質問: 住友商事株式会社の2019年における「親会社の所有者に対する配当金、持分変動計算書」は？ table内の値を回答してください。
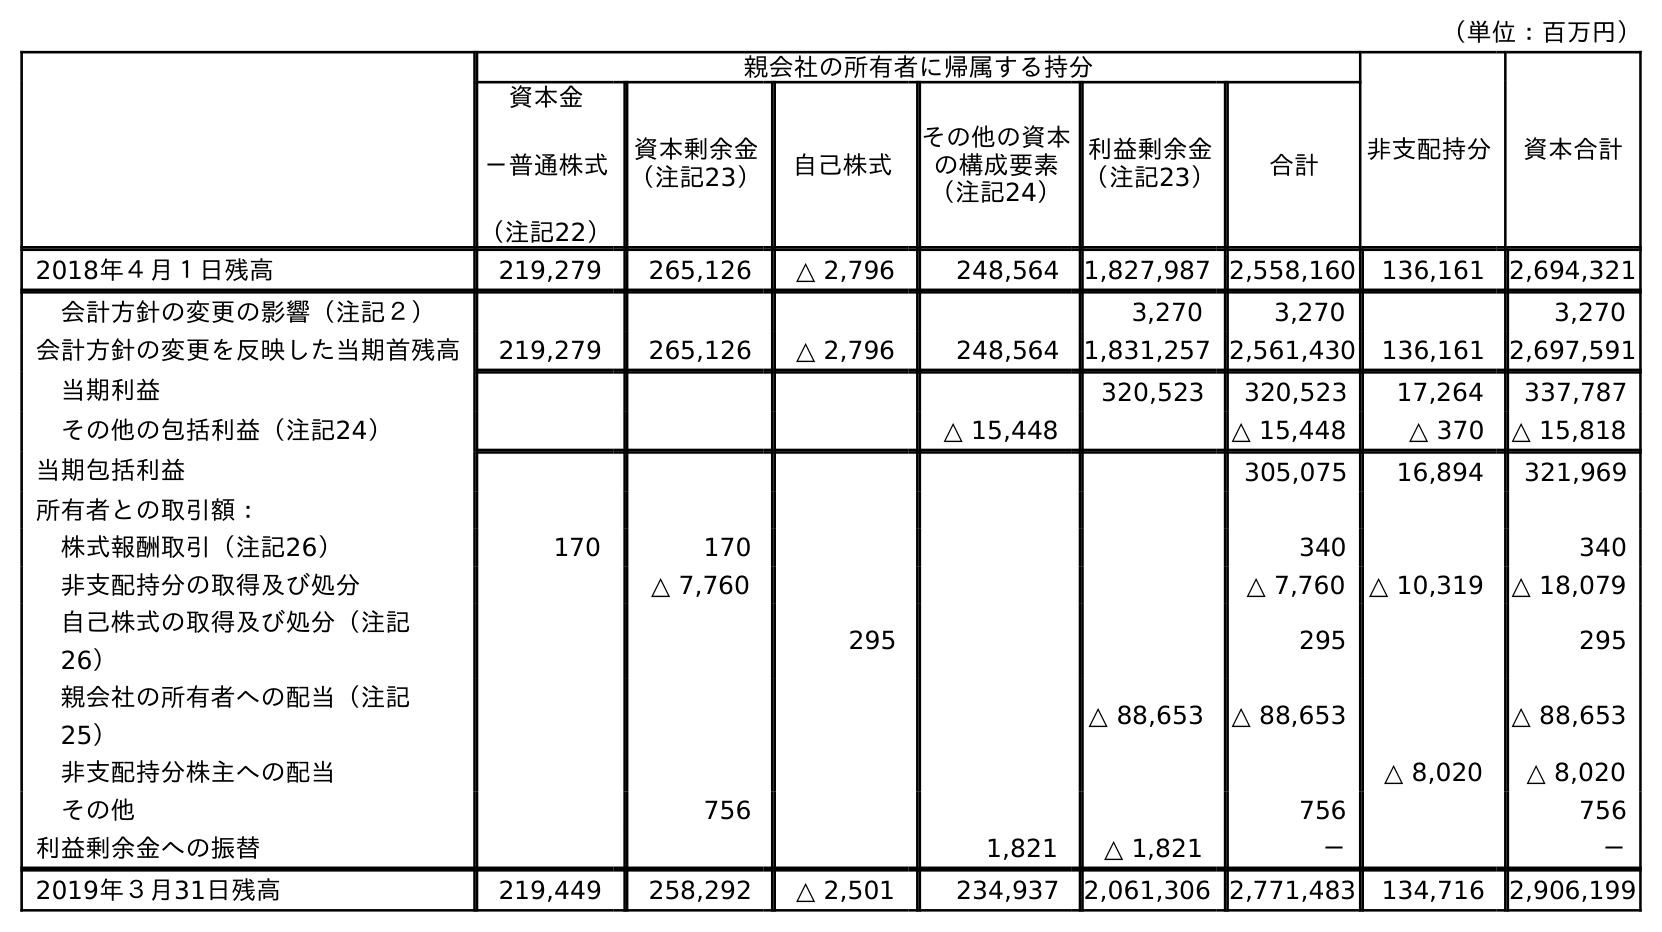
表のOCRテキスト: （単位：百万円） 親会社の所有者に帰属する持分 非支配持分 資本合計 資本金 －普通株式 （注記22） 資本剰余金 （注記23） 自己株式 その他の資本 の構成要素 （注記24） 利益剰余金 （注記23） 合計 2018年４月１日残高 219,279 265,126 △ 2,796 248,564 1,827,987 2,558,160 136,161 2,694,321 会計方針の変更の影響（注記２） 3,270 3,270 3,270 会計方針の変更を反映した当期首残高 219,279 265,126 △ 2,796 248,564 1,831,257 2,561,430 136,161 2,697,591 当期利益 320,523 320,523 17,264 337,787 その他の包括利益（注記24） △ 15,448 △ 15,448 △ 370 △ 15,818 当期包括利益 305,075 16,894 321,969 所有者との取引額： 株式報酬取引（注記26） 170 170 340 340 非支配持分の取得及び処分 △ 7,760 △ 7,760 △ 10,319 △ 18,079 自己株式の取得及び処分（注記 26） 295 295 295 親会社の所有者への配当（注記 25） △ 88,653 △ 88,653 △ 88,653 非支配持分株主への配当 △ 8,020 △ 8,020 その他 756 756 756 利益剰余金への振替 1,821 △ 1,821 － － 2019年３月31日残高 219,449 258,292 △ 2,501 234,937 2,061,306 2,771,483 134,716 2,906,199
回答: △88,653